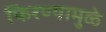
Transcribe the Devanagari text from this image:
फिरण्यामुळे